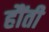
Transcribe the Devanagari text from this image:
हौंती